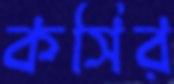
কসির